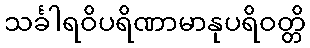
သင်္ခါရဝိပရိဏာမာနုပရိဝတ္တိ